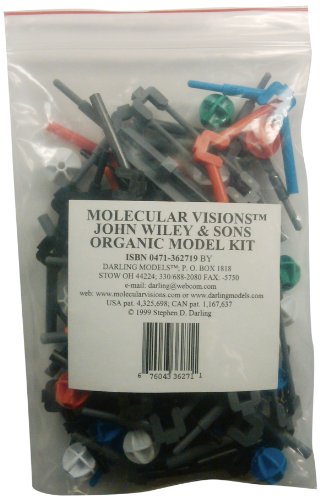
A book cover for Molecular Visions Organic Model Kit with Molecular Modeling Handbook; T. W. Graham Solomons; Science & Math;